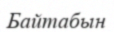
Байтабын